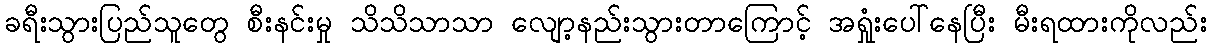
ခရီးသွားပြည်သူတွေ စီးနင်းမှု သိသိသာသာ လျော့နည်းသွားတာကြောင့် အရှုံးပေါ်နေပြီး မီးရထားကိုလည်း